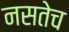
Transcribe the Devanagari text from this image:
नसतेच